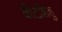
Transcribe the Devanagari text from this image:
कीटशिशु